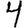
Digit: 4